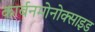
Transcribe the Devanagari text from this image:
कार्बनमोनोक्साइड